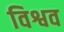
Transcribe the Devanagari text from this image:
विश्वव